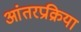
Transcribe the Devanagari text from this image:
आंतरप्रक्रिया